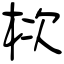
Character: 栨